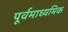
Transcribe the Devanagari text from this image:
पूर्वमाध्यमिक